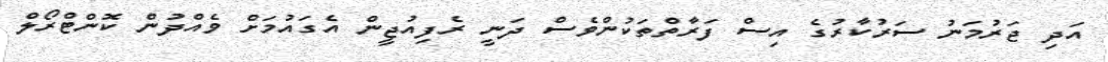
އަދި ޖަރުމަނު ސަރުކާރުގެ އިސް ފަރާތްތަކުންވެސް ދަނީ ރެފިއުޖީން އެގައުމަށް ވެއްދުން ކޮންޓްރޯލް